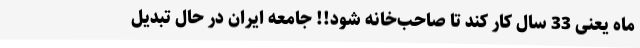
ماه یعنی 33 سال کار کند تا صاحب‌خانه شود!! جامعه ایران در حال تبدیل